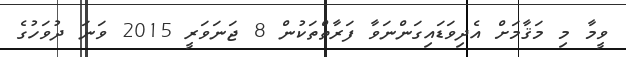
ވީމާ މި މަޤާމަށް އެދިވަޑައިގަންނަވާ ފަރާތްތަކުން 8 ޖަނަވަރީ 2015 ވަނަ ދުވަހުގެ